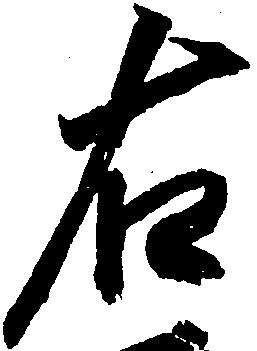
右